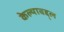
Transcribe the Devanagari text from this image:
केल्याबद्द्ल